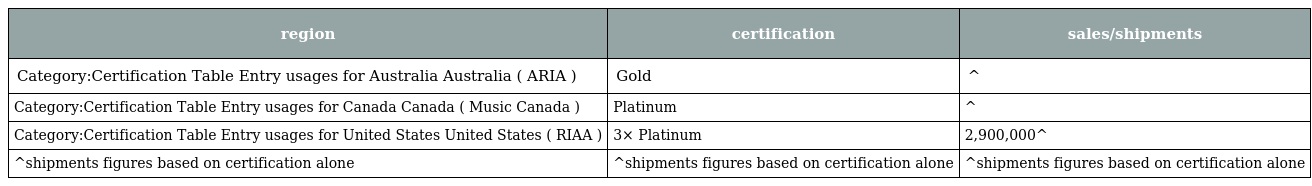
| region | certification | sales/shipments |
 | --- | --- | --- |
 | Category:Certification Table Entry usages for Australia Australia ( ARIA ) | Gold | ^ |
 | Category:Certification Table Entry usages for Canada Canada ( Music Canada ) | Platinum | ^ |
 | Category:Certification Table Entry usages for United States United States ( RIAA ) | 3× Platinum | 2,900,000^ |
 | ^shipments figures based on certification alone | ^shipments figures based on certification alone | ^shipments figures based on certification alone |